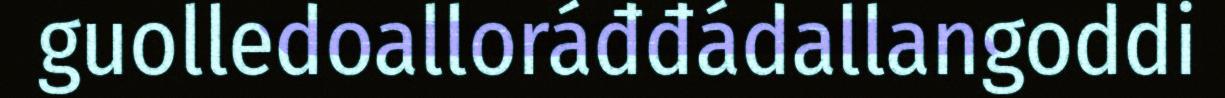
guolledoalloráđđádallangoddi